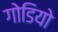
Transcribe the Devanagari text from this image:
गोडियो